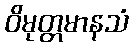
ဝိမုတ္တမာနသံ